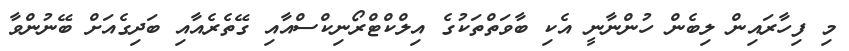
މި ފިހާރައިން ލިބެން ހުންނާނީ އެކި ބާވަތްތަކުގެ އިލްކްޓްރޯނިކްސްއާއި ގޭތެރެއާއި ބަދިގެއަށް ބޭނުންވާ